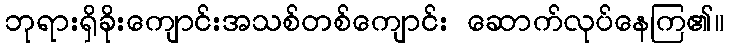
ဘုရားရှိခိုးကျောင်းအသစ်တစ်ကျောင်း ဆောက်လုပ်နေကြ၏။